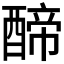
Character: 𮠺